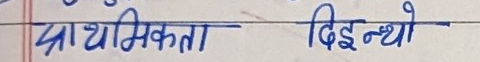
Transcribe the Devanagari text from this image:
प्राथमिकता दिईन्थ्यो